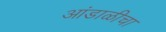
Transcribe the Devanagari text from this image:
आंडाळीचा